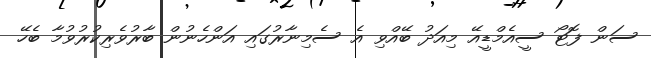
ސަން ފޮޓޯ ސީއެމްޑީއޭ މިއަދު ބޭއްވި އެ ސެމިނާރުގައި އަންހެނުން ބާރުވެރިކުރުވުމާ ބެހޭ